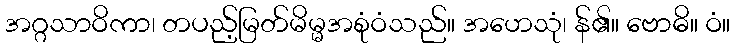
အဂ္ဂသာဝိကာ၊ တပည့်မြတ်မိမ္မအစုံဝံသည်။ အဟေသုံ၊ န်၏။ ဗောဓိ။ ဝံ။